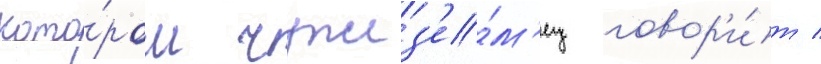
кото́ром чужез'е́м'ец говор'и́т /